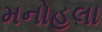
મનોહલા